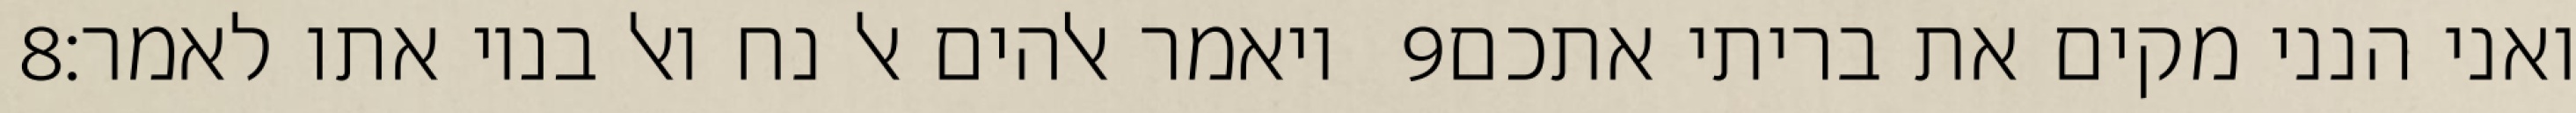
‎8‏ ויאמר אלהים אל נח ואל בניו אתו לאמר׃ ‎9‏ ואני הנני מקים את בריתי אתכם